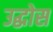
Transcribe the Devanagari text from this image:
उद्घोस